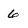
Character: 6